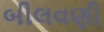
બીલવણી